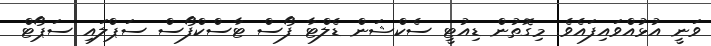
ވަނީ އުޅުއްވައިފައެވެ. މިގޮތުން ޑިއުޓީ ސެކްޝަން ޑެލްޓާ ފޯސް ޓާސްކްފޯސް ސަޕްލައި ސަޕޯޓް